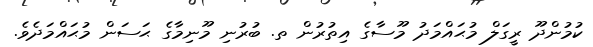
ކުމުންދޫ ރީގަލް މުޙައްމަދު މޫސާގެ އިތުރުން ތ. ބުރުނި މޫނިމާގެ ޙަސަން މުޙައްމަދެވެ.